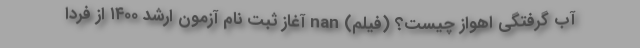
آب گرفتگی اهواز چیست؟ (فیلم) nan آغاز ثبت نام آزمون ارشد ۱۴۰۰ از فردا